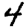
Digit: 4